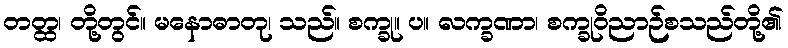
တတ္ထ၊ တို့တွင်။ မနောဓာတု၊ သည်။ စက္ခု။ ပ။ လက္ခဏာ၊ စက္ခုဝိညာဉ်စသည်တို့၏